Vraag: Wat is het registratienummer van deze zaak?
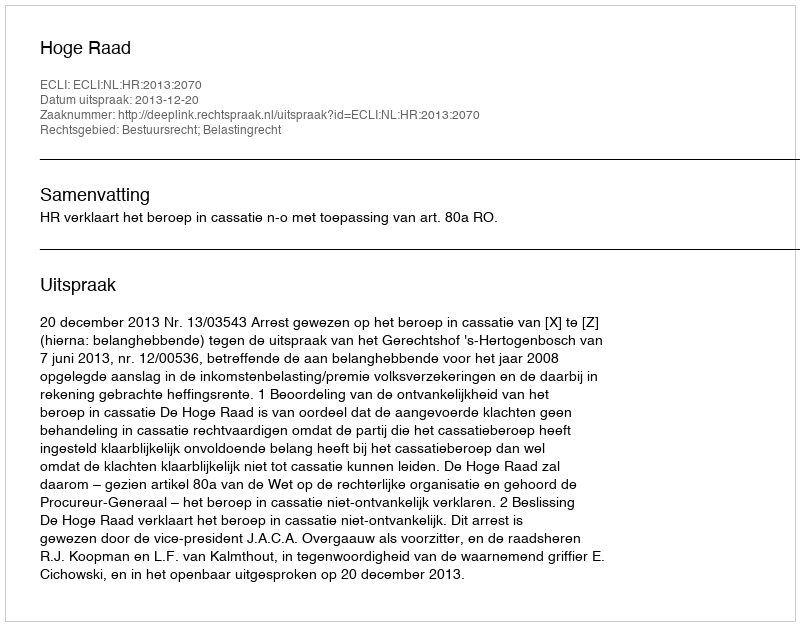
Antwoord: http://deeplink.rechtspraak.nl/uitspraak?id=ECLI:NL:HR:2013:2070